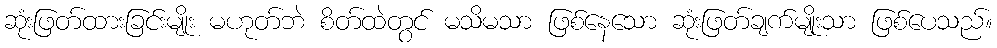
ဆုံးဖြတ်ထားခြင်းမျိုး မဟုတ်ဘဲ စိတ်ထဲတွင် မသိမသာ ဖြစ်နေသော ဆုံးဖြတ်ချက်မျိုးသာ ဖြစ်ပေသည်။